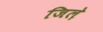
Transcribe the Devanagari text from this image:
जिले़